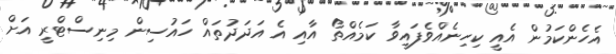
އެހެންކަމުން އެއީ ކިހިނެއްވެފައިވާ ކަމެއްތޯ އާއި އެ އަދަދުތައް ހައުސިން މިނިސްޓްރީ އަށް